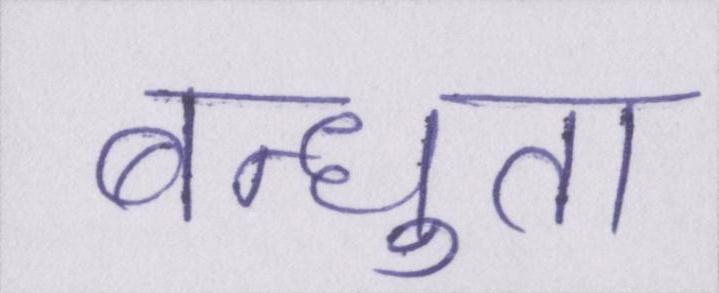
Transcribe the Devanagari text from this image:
बन्धुता